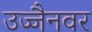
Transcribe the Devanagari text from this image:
उज्जैनवर